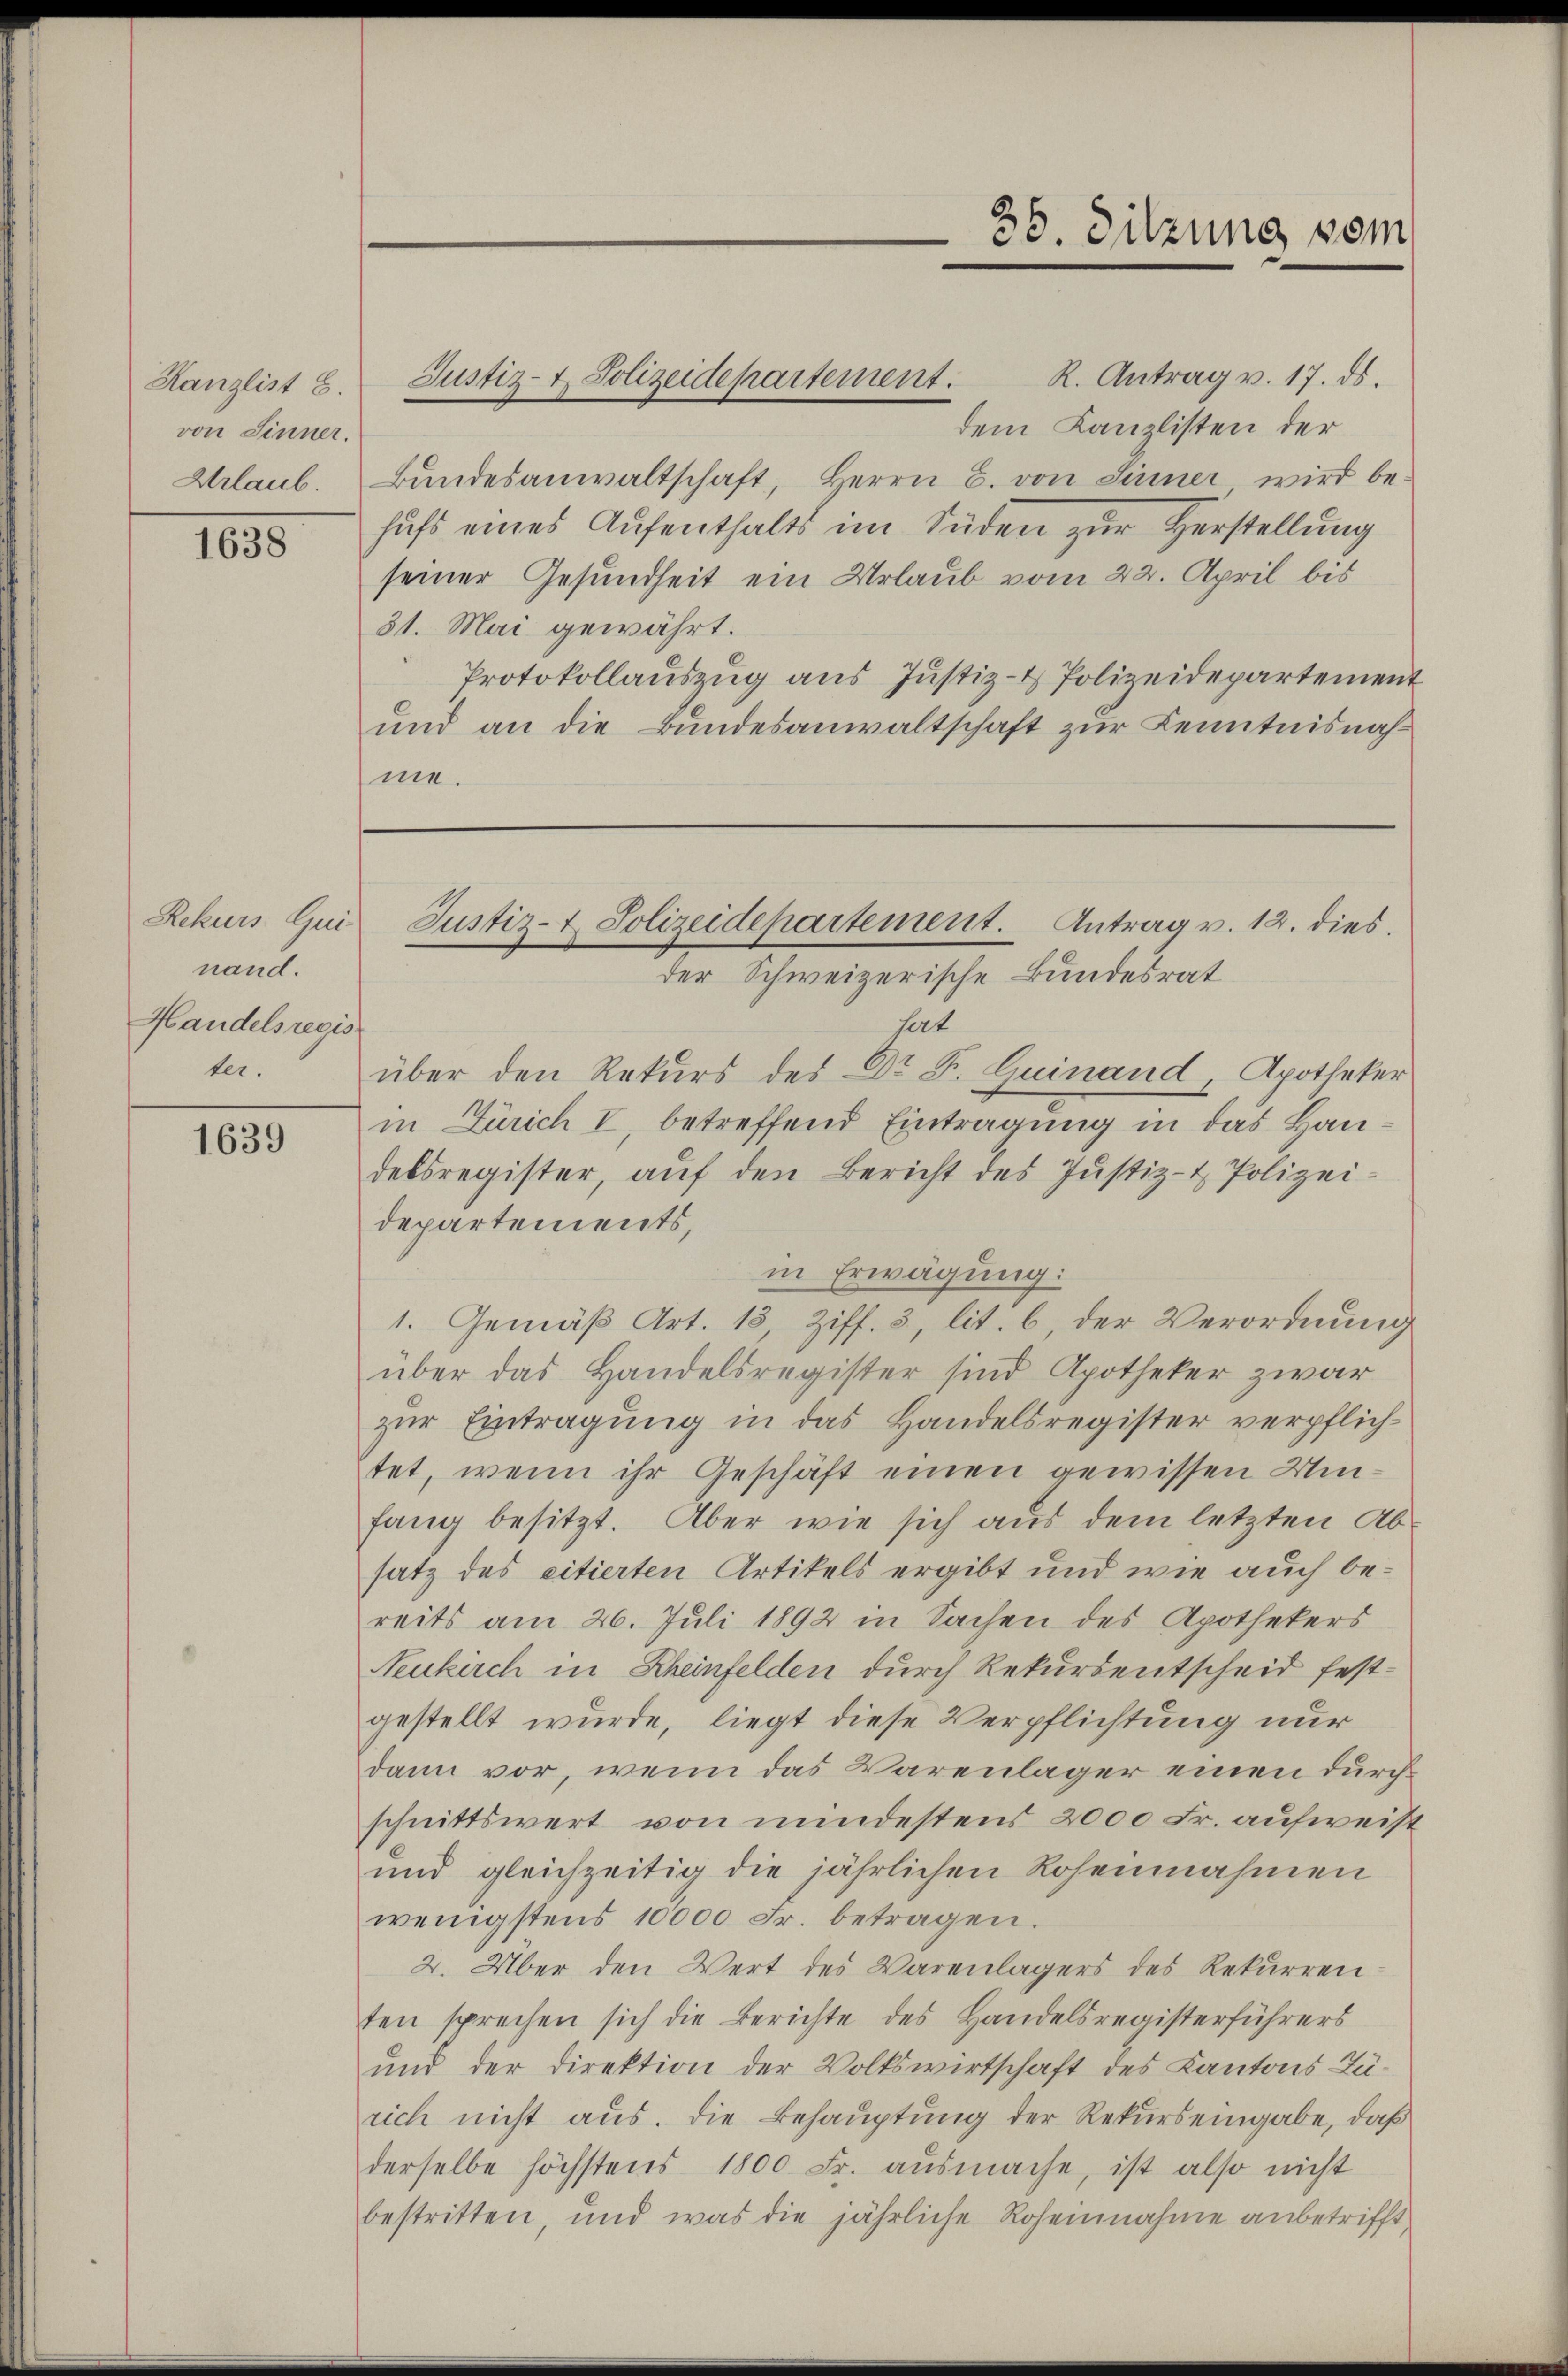
Kanzlist 8.
von Sinner.
Urlaub.

1638

nand.
Handelsregis
ter.

1639

35. Sitzung vom

R. Antrag v. 17. ds.
Justiz- & Polizeidepartement.
dem Kanzlisten der
Bundesanwaltschaft, Herrn C. von Sinner wird behufs eines Aufenthalts im Süden zur Herstellung
seiner Gesundheit ein Urlaub vom 22. April bis
31. Mai gewährt.
Protokollauszug aus Justiz- & Polizeidepartement
und an die Bundesanwaltschaft zur Kenntnisnahme.
hat
über den Rekurs des Dr. F. Quinand, Apotheker
in Zürich I, betreffend Eintragung in das Handelsregister, aŭf den Bericht des Justiz- & Polizei-
departements,
in Erwägung:
1. Gemäß Art. 13, Ziff. 3, lit. b, der Verordnung
über das Handelsregister sind Apotheker zwar
zur Eintragung in das Handelsregister verpflichtet, wenn ihr Geschäft einen gewissen Umfang besitzt. Aber wie sich aus dem letzten Ab-
satz des citierten Artikels ergibt und wie auch bereits am 26. Juli 1892 in Sachen des Apothekers
Neukirch in Rheinfelden durch Rekursentscheid festgestellt wurde, liegt diese Verpflichtung nur
dann vor, wenn das Warenlager einen durchschnittswert von mindestens 2000 Fr. aufweist
und gleichzeitig die jährlichen Roheinnahmen
wenigstens 10000 Fr. betragen.
2. Über den Wert des Warenlagers des Rekurrenten sprechen sich die Berichte des Handelsregisterführers
und der Direktion der Volkswirtschaft des Kantons Zürich nicht aus. Die Behauptung der Rekurs eingabe, daß
derselbe höchstens 1800 Fr. ausmache, ist also nicht
bestritten, und was die jährliche Rohennahme anbetrifft

Zekurs Gei Justiz- & Polizeidepartement. Antrag v. 12. dies
der Schweizerische Bundesrat